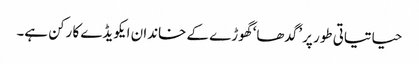
حیاتیاتی طور پر ’گدھا‘ گھوڑے کے خاندان ایکویڈے کا رکن ہے۔